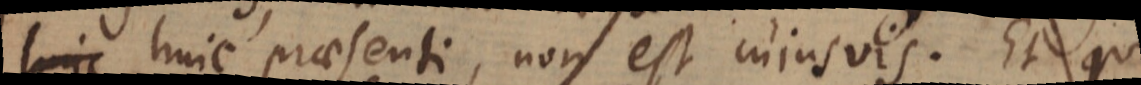
huic huic praesenti, non est cujusvis. Et qui